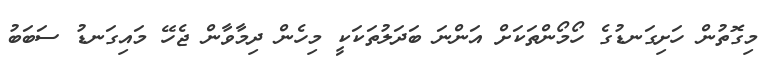
މިގޮތުން ހަށިގަނޑުގެ ހޯމޯންތަކަށް އަންނަ ބަދަލުތަކަކީ މިހެން ދިމާވާން ޖެހޭ މައިގަނޑު ސަބަބު